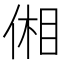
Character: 𪝋